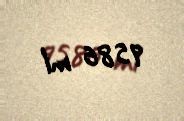
9586 ml